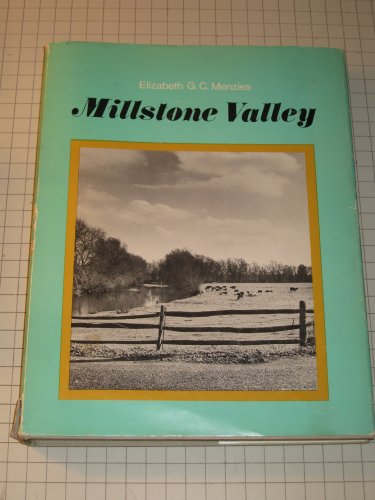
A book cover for Millstone Valley; Elizabeth G. C. Menzies; Travel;